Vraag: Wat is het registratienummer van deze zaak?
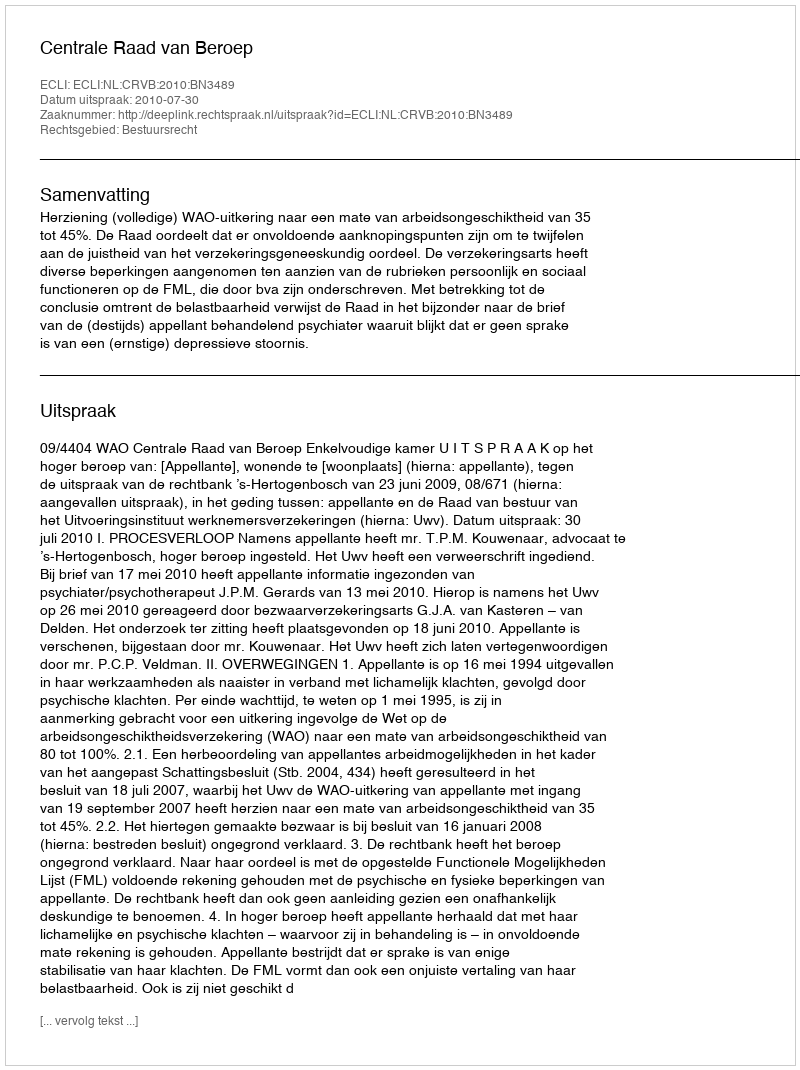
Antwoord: http://deeplink.rechtspraak.nl/uitspraak?id=ECLI:NL:CRVB:2010:BN3489